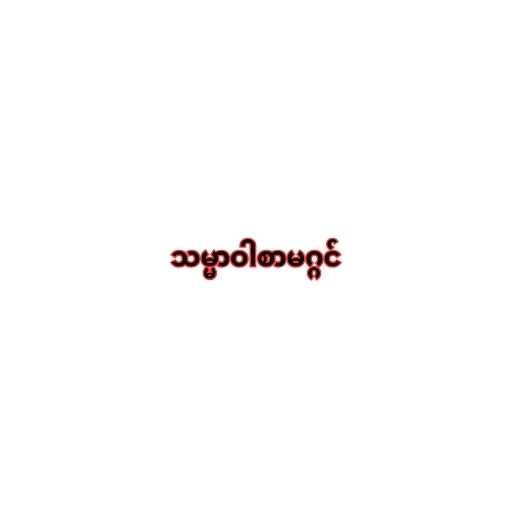
သမ္မာဝါစာမဂ္ဂင်